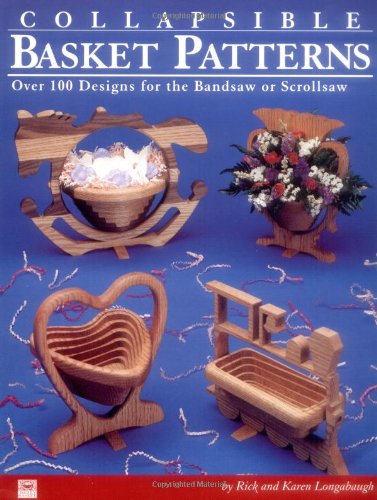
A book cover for Collapsible Basket Patterns: Over 100 Designs for the Bandsaw or Scrollsaw; Rick Longabaugh; Crafts, Hobbies & Home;